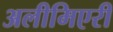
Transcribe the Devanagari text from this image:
अलीमिएरी